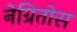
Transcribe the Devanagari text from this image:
नेग्रितोस